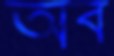
অব